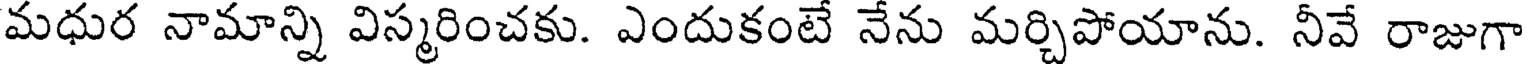
మధుర నామాన్ని విస్మరించకు. ఎందుకంటే నేను మర్చిపోయాను. నీవే రాజుగా